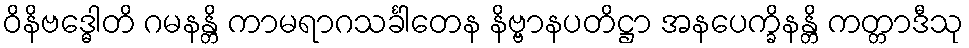
ဝိနိဗဒ္ဓေါတိ ဂမနန္တိ ကာမရာဂသင်္ခါတေန နိဗ္ဗာနပတိဋ္ဌာ အနပေက္ခိနန္တိ ကတ္တာဒီသု